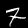
Label: 7